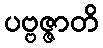
ပဗ္ဗဇ္ဇာတိ